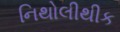
નિથોલીથીક